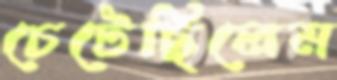
চেটেছিলেম